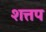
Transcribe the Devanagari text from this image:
शत्तप